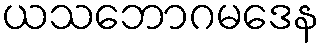
ယသဘောဂမဒေန